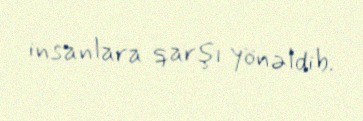
insanlara qarşı yönəldib.